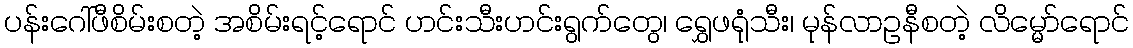
ပန်းဂေါ်ဖီစိမ်းစတဲ့ အစိမ်းရင့်ရောင် ဟင်းသီးဟင်းရွက်တွေ၊ ရွှေဖရုံသီး၊ မုန်လာဥနီစတဲ့ လိမ္မော်ရောင်